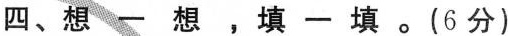
四、想一想，填一填。(6分)